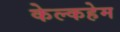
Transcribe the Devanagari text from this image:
केल्कहेम